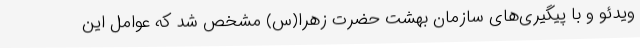
ویدئو و با پیگیری‌های سازمان بهشت حضرت زهرا(س) مشخص شد که عوامل این